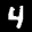
Label: 4